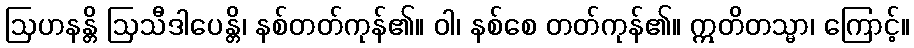
ဩဟနန္တိ ဩသီဒါပေန္တိ၊ နစ်တတ်ကုန်၏။ ဝါ၊ နစ်စေ တတ်ကုန်၏။ ဣတိတသ္မာ၊ ကြောင့်။